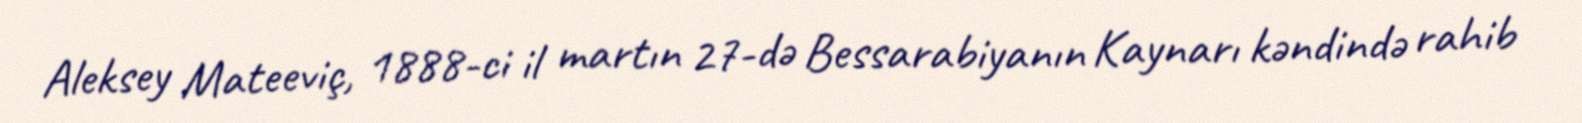
Aleksey Mateeviç, 1888-ci il martın 27-də Bessarabiyanın Kaynarı kəndində rahib